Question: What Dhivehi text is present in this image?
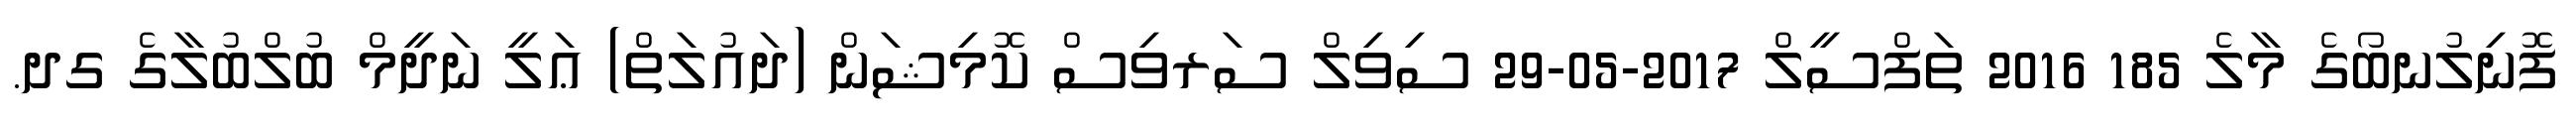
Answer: ފޮނިލުނބޯގެ މާލެ 185 2016 ތަފްސީލް 2017-05-29 ސިވިލް ސަރވިސް ކޮމިޝަން (ދައުލަތް) ޢަލީ ނަދީމް ބުލްބުލާގެ ގދ.